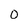
Character: 0